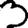
Digit: 3